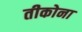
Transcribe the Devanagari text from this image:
तीकोना